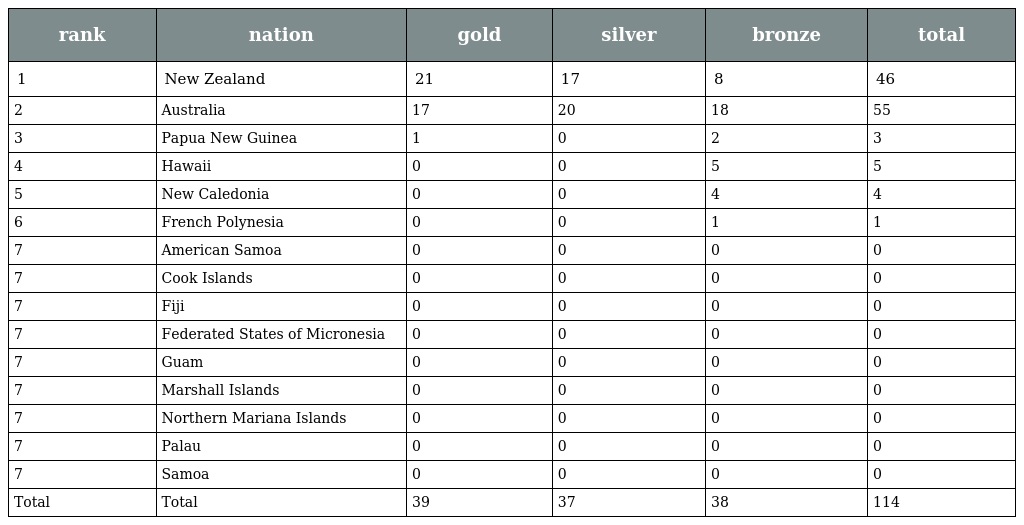
| rank | nation | gold | silver | bronze | total |
 | --- | --- | --- | --- | --- | --- |
 | 1 | New Zealand | 21 | 17 | 8 | 46 |
 | 2 | Australia | 17 | 20 | 18 | 55 |
 | 3 | Papua New Guinea | 1 | 0 | 2 | 3 |
 | 4 | Hawaii | 0 | 0 | 5 | 5 |
 | 5 | New Caledonia | 0 | 0 | 4 | 4 |
 | 6 | French Polynesia | 0 | 0 | 1 | 1 |
 | 7 | American Samoa | 0 | 0 | 0 | 0 |
 | 7 | Cook Islands | 0 | 0 | 0 | 0 |
 | 7 | Fiji | 0 | 0 | 0 | 0 |
 | 7 | Federated States of Micronesia | 0 | 0 | 0 | 0 |
 | 7 | Guam | 0 | 0 | 0 | 0 |
 | 7 | Marshall Islands | 0 | 0 | 0 | 0 |
 | 7 | Northern Mariana Islands | 0 | 0 | 0 | 0 |
 | 7 | Palau | 0 | 0 | 0 | 0 |
 | 7 | Samoa | 0 | 0 | 0 | 0 |
 | Total | Total | 39 | 37 | 38 | 114 |